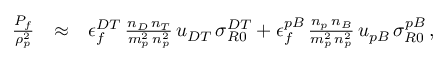
\begin{array} { r l r } { \frac { P _ { f } } { \rho _ { p } ^ { 2 } } } & { \approx } & { \epsilon _ { f } ^ { D T } \, \frac { n _ { D } \, n _ { T } } { m _ { p } ^ { 2 } \, n _ { p } ^ { 2 } } \, u _ { D T } \, \sigma _ { R 0 } ^ { D T } + \epsilon _ { f } ^ { p B } \, \frac { n _ { p } \, n _ { B } } { m _ { p } ^ { 2 } \, n _ { p } ^ { 2 } } \, u _ { p B } \, \sigma _ { R 0 } ^ { p B } \, , } \end{array}